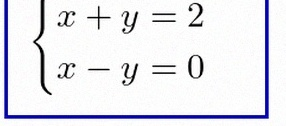
\begin{cases}x+y=2\\x-y=0\end{cases}